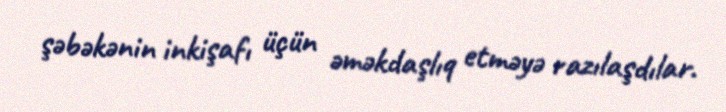
şəbəkənin inkişafı üçün əməkdaşlıq etməyə razılaşdılar.